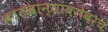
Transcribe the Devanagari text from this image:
कारखान्यांबरोबरच